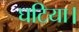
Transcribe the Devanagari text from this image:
घटिया।